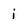
Character: i